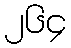
၂၆၄